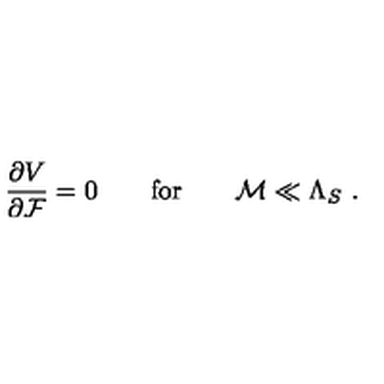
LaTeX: \frac { \partial V } { \partial { \cal F } } = 0 \quad \quad \mathrm { f o r } \quad \quad { \cal M } \ll { \Lambda _ { S } } \ .